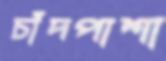
চাঁদপাশা